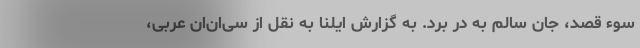
سوء قصد، جان سالم به در برد. به گزارش ایلنا به نقل از سی‌ان‌ان عربی،